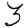
Digit: 3